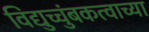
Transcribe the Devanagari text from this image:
विद्युच्चुंबकत्वाच्या